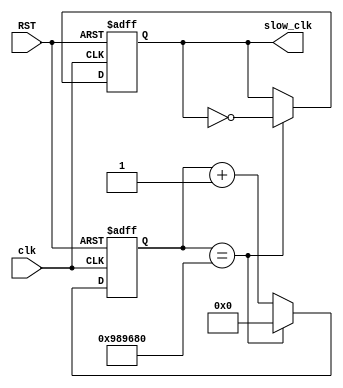
`timescale 1ns / 1ps
//////////////////////////////////////////////////////////////////////////////////
// Company: 
// Engineer: 
// 
// Design Name: 
// Module Name:    CF_slowclk 
// Project Name: 
// Target Devices: 
// Tool versions: 
// Description: 
//
// Dependencies: 
//
// Revision: 
// Revision 0.01 - File Created
// Additional Comments: 
//
//////////////////////////////////////////////////////////////////////////////////
module CF_slowclk(
					clk,
					RST,
					slow_clk
    );

input clk, RST;
output slow_clk;

reg [25:0] count=26'b0;
reg slow_clk;


always @ (posedge clk or posedge RST)

	if (RST==1'b1) begin
	slow_clk <= 1'b0;
	count <= 26'b0;
	end else begin
		if (count==26'd10000000) begin
			slow_clk <= (~slow_clk);
			count <= 26'b0;
		end else begin
		count <= count +1'b1;
		end
	end

endmodule